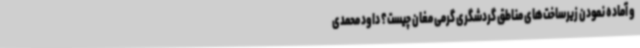
و آماده نمودن زیرساخت‌های مناطق گردشگری گرمی مغان چیست؟ داود محمدی